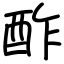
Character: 酢